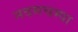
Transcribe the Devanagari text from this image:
नवमचम्पा